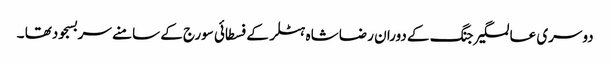
دوسری عالمگیر جنگ کے دوران رضا شاہ ہٹلر کے فسطائی سورج کے سامنے سربسجودتھا ۔